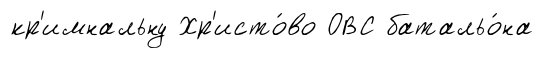
кр'имнальну Хр'исто́во ОВС батальо́на